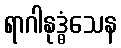
ရာဂါနုဒ္ဓံသေန